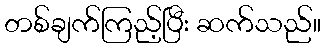
တစ်ချက်ကြည့်ပြီး ဆက်သည်။